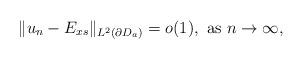
\begin{align*}\Vert u_n-E_{xs}\Vert_{L^2(\partial D_a)}=o(1),\mbox{ as } n\rightarrow\infty,\end{align*}